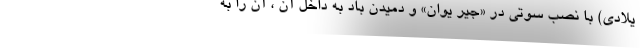
یلادی) با نصب سوتی در «جیر یوان» و دمیدن باد به داخل آن ، آن را به